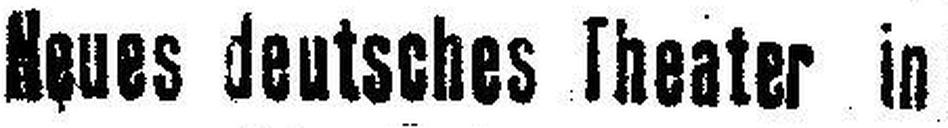
Neues deutsches Theater in